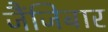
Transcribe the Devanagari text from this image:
जैंजिबार